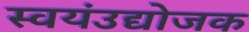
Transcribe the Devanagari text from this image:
स्वयंउद्योजक